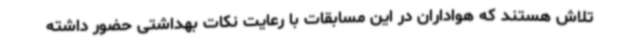
تلاش هستند که هواداران در این مسابقات با رعایت نکات بهداشتی حضور داشته